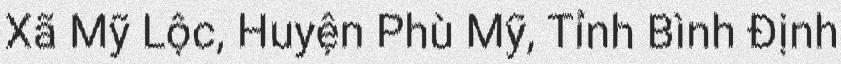
Xã Mỹ Lộc, Huyện Phù Mỹ, Tỉnh Bình Định